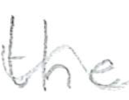
Text: the
Cross-out: wave
Writing tool: pencil